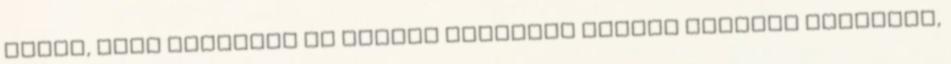
arról, hogy számomra is fontos lényeges dolgok vezsnek homályba,